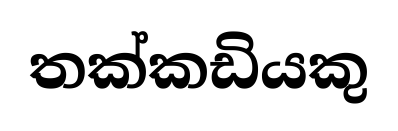
තක්කඩියකු